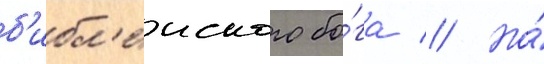
б'ибл'еиского бо́га // Но́